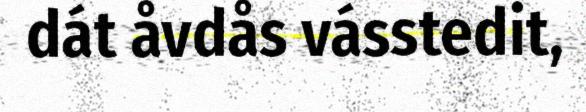
dát åvdås vásstedit,